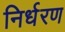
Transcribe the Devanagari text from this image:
निर्धरण